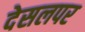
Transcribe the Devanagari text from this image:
देसलपर